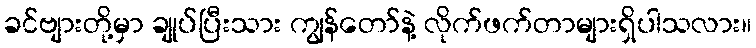
ခင်ဗျားတို့မှာ ချုပ်ပြီးသား ကျွန်တော်နဲ့ လိုက်ဖက်တာများရှိပါသလား။